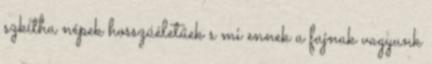
szkítha népek hosszúéletűek s mi ennek a fajnak vagyunk